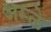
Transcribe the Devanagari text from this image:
अम्‍ले